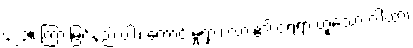
၄၂၃။ ကြားမြင်နည်းပါး၊ ကောင်းမှုရှား၊ လား၏ ငရဲရွာ ဟူူသော ဂါထာ၊